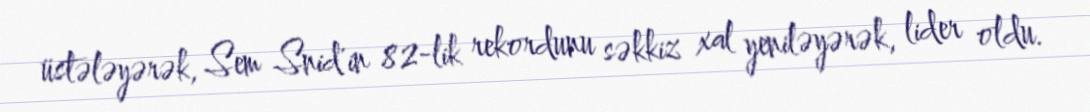
üstələyərək, Sem Snid'in 82-lik rekordunu səkkiz xal yeniləyərək, lider oldu.